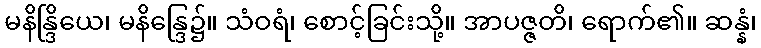
မနိန္ဒြိယေ၊ မနိန္ဒြေ၌။ သံဝရံ၊ စောင့်ခြင်းသို့။ အာပဇ္ဇတိ၊ ရောက်၏။ ဆန္နံ၊